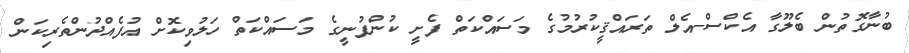
ބުނާގޮތުން ބެލޫގާ އެކްސް-އެލް ތަރައްޤީކުރުމުގެ މަސައްކަތް ފެށީ ކުންފުނީގެ މަސައްކަތް ހަލުވިކޮށް އުފެއްދުންތެރިކަން